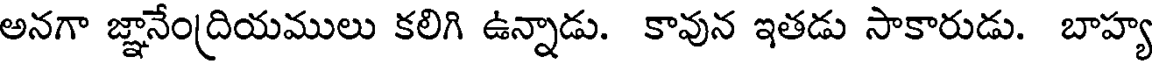
అనగా జ్ఞానేంద్రియములు కలిగి ఉన్నాడు. కావున ఇతడు సాకారుడు. బాహ్య